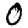
Digit: 0